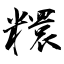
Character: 糫